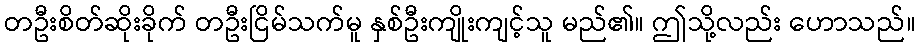
တဦးစိတ်ဆိုးခိုက် တဦးငြိမ်သက်မူ နှစ်ဦးကျိုးကျင့်သူ မည်၏။ ဤသို့လည်း ဟောသည်။